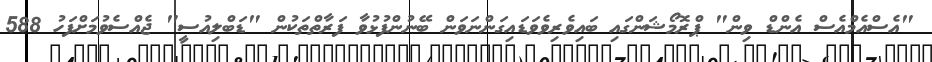
"އެސްްއެމްއެސް އެންޑް ވިން" ޕްރޮމޯޝަންގައި ބައިވެރިވެވަޑައިގަންނަވަން ބޭނުންފުޅުވާ ފަރާތްތަކުން "ޑަބްލިއުސީ" ޖެއްސެވުމަށްފަހު 588